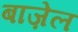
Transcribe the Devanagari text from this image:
बाज़ेल